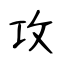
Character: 攻